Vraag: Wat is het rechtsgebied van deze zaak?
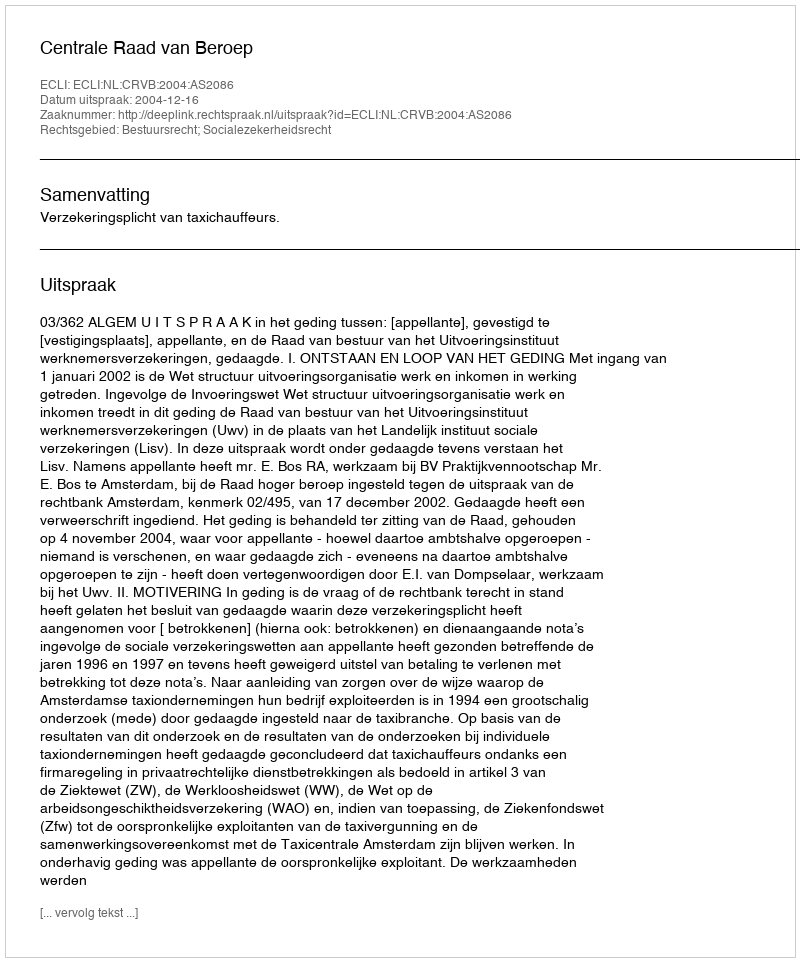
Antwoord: Bestuursrecht; Socialezekerheidsrecht